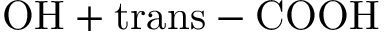
\mathrm { O H + t r a n s - C O O H }